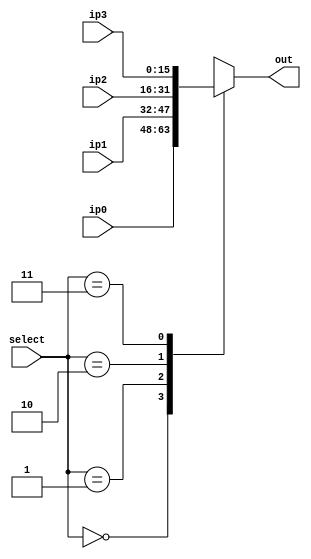
module mux_16_bit_4_input(ip0, ip1, ip2, ip3, select, out); 

	output reg [15:0] out;
	
	input  [15:0] ip0, ip1, ip2, ip3;
	input  [1:0] select;
	
	always@(*) begin
		case(select)
			0: out = ip0;
			1: out = ip1;
			2: out = ip2;
			3: out = ip3;
			default : out = ip0;
		endcase
	end
	
endmodule